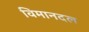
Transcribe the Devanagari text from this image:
विमानदल